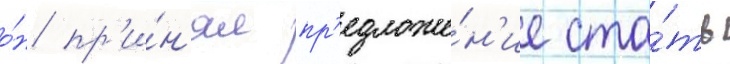
о́н пр'и́н'ял пр'едложе́н'ие ста́ть